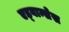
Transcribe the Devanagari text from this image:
एड्वान्सेस